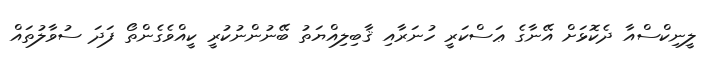
ލީނިކްސްއާ ދެކޮޅަށް އޭނާގެ ޢަސްކަރީ ހުނަރާއި ޤާބިލިއްޔަތު ބޭނުންނުކުރީ ކީއްވެގެންތޯ ފަދަ ސުވާލުތައް